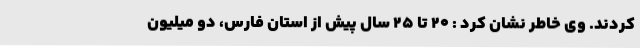
کردند. وی خاطر نشان کرد : ۲۰ تا ۲۵ سال پیش از استان فارس، دو میلیون